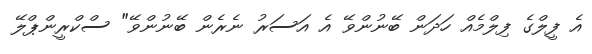
އެ ފީލްގެ ފިލްމެއް ހަދަން ބޭނުންވޭ އެ އަސަރު ނެރެން ބޭނުންވޭ" ސްކްރީންޕްލޭ